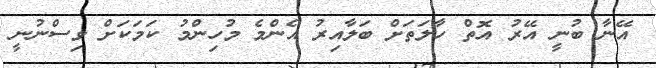
އޭނާ ބުނީ އޭރު އޮތް ހާލަތަށް ބަލާއިރު އެންމެ މުހިންމު ކަމަކަށް ވިސްނުނީ